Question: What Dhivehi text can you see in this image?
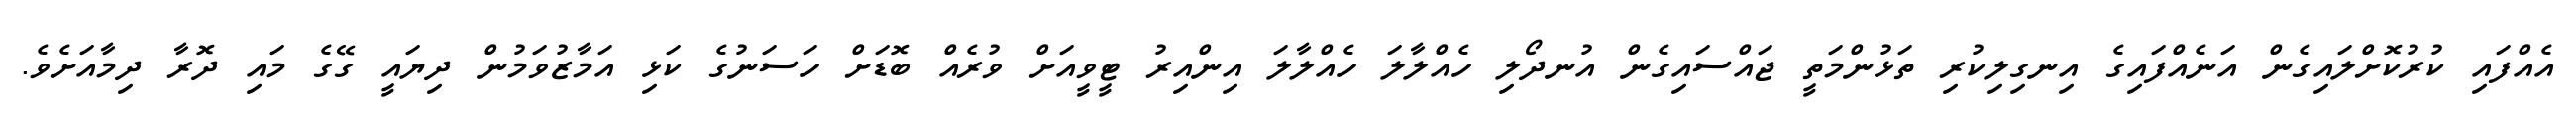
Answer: އެއްފައި ކުރުކޮށްލައިގެން އަނެއްފައިގެ އިނގިލިކުރި ތަޅުންމަތީ ޖައްސައިގެން އުނދޯލި ހެއްލާލަ ހެއްލާލަ އިންއިރު ޓީވީއަށް ވުރެއް ބޮޑަށް ހަސަނުގެ ކަޅި އަމާޒުވަމުން ދިޔައީ ގޭގެ މައި ދޮރާ ދިމާއަށެވެ.